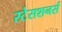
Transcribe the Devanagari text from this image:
स्टेसशनर्स